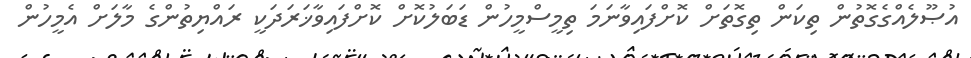
އުޞޫލެއްގެގޮތުން ތިކަން ތިގޮތަށް ކޮށްފައިވާނަމަ ތިމީސްމީހުން ޑަބަލުކޮށް ކޮށްފައިވާޚަރަދަކީ ރައްޔިތުންގެ މާލަށް އެމީހުން